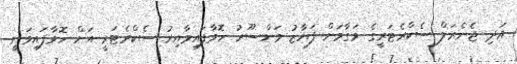
އަދި ޖެނެރަލް ސެކްރެޓަރީގެ މަގާމަށް ފަޔާޒު މަންސޫރު ހޮވާފައިވާއިރު ސެކްރެޓަރީ އަށް ހޮވާފައިވަނީ